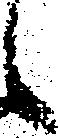
候